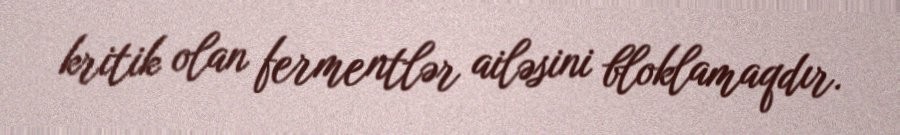
kritik olan fermentlər ailəsini bloklamaqdır.